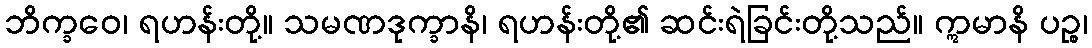
ဘိက္ခဝေ၊ ရဟန်းတို့။ သမဏဒုက္ခာနိ၊ ရဟန်းတို့၏ ဆင်းရဲခြင်းတို့သည်။ ဣမာနိ ပဉ္စ၊